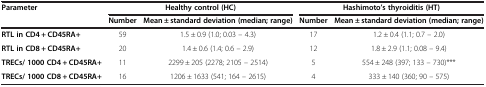
<table><thead><tr><td><b>Parameter</b></td><td colspan="2"><b>Healthy control (HC)</b></td><td colspan="2"><b>Hashimoto’s thyroiditis (HT)</b></td></tr><tr><td><b> </b></td><td><b>Number</b></td><td><b>Mean ± standard deviation (median; range)</b></td><td><b>Number</b></td><td><b>Mean ± standard deviation (median; range)</b></td></tr></thead><tbody><tr><td><b>RTL in CD4 + CD45RA+</b></td><td>59</td><td>1.5 ± 0.9 (1.0; 0.03 – 4.3)</td><td>17</td><td>1.2 ± 0.4 (1.1; 0.7 – 2.0)</td></tr><tr><td><b>RTL in CD8 + CD45RA+</b></td><td>20</td><td>1.4 ± 0.6 (1.4; 0.6 – 2.9)</td><td>12</td><td>1.8 ± 2.9 (1.1; 0.08 – 9.4)</td></tr><tr><td><b>TRECs/ 1000 CD4 + CD45RA+</b></td><td>11</td><td>2299 ± 205 (2278; 2105 – 2514)</td><td>5</td><td>554 ± 248 (397; 133 – 730)***</td></tr><tr><td><b>TRECs/ 1000 CD8 + CD45RA+</b></td><td>16</td><td>1206 ± 1633 (541; 164 – 2615)</td><td>4</td><td>333 ± 140 (360; 90 – 575)</td></tr></tbody></table>